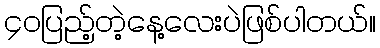
၄၀ပြည့်တဲ့နေ့လေးပဲဖြစ်ပါတယ်။